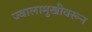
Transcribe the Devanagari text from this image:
ज्वालामुखीवरून